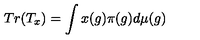
T r ( T _ { x } ) = \int x ( g ) \pi ( g ) d \mu ( g )